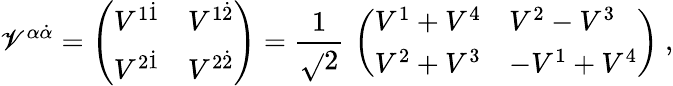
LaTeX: \mathscr{V}^{\alpha\dot{{\alpha}}}=\left(\begin{array}{ll}{{V^{1\dot{1}}}}&{{V^{1\dot{2}}}}\\ {{V^{2\dot{1}}}}&{{V^{2\dot{2}}}}\end{array}\right)={\frac{{1}}{{\sqrt{}{2}}}}\, \left(\begin{array}{ll}{{V^{1}+V^{4}}}&{{V^{2}-V^{3}}}\\ {{V^{2}+V^{3}}}&{{-V^{1}+V^{4}}}\end{array}\right)\ ,